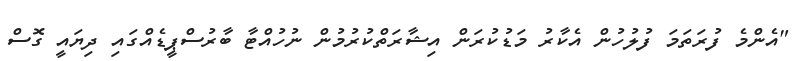
"އެންމެ ފުރަތަމަ ފުލުހުން އެކާރު މަޑުކުރަން އިޝާރަތްކުރުމުން ނުހުއްޓާ ބާރުސްޕީޑެއްގައި ދިޔައީ ގޮސް